Calcutta medical institutions reports 1871-78
Year: 1871
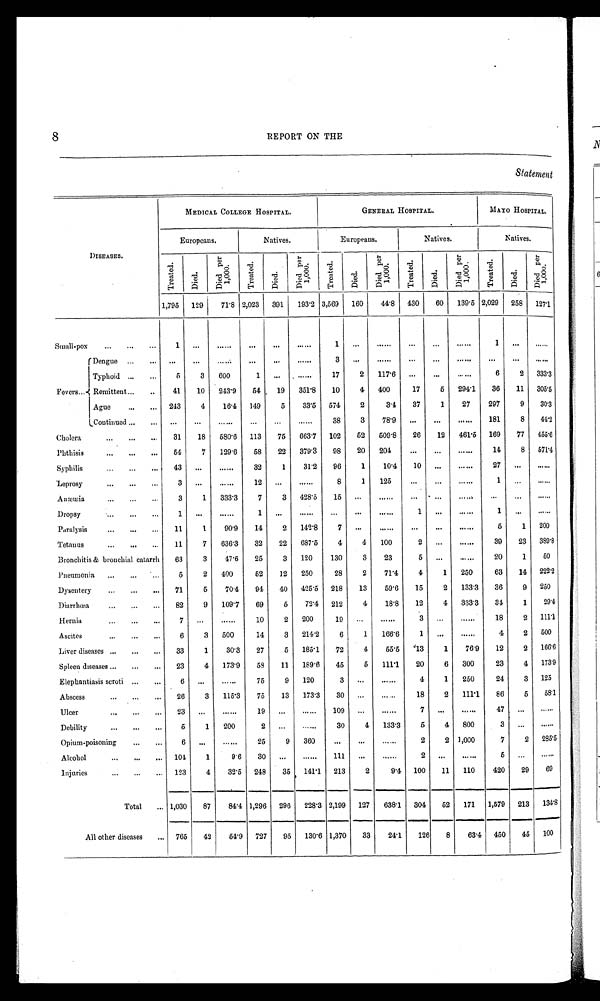
8 REPORT ON THE
Statement
DISEASES.
MEDICAL COLLEGE HOSPITAL.
GENERAL HOSPITAL.
MAYO HOSPITAL.
Europeans.
Natives.
Europeans.
Natives.
Natives.
T r e a t e d .
Di ed.
D i e d p e r 1 , 0 0 0 .
Tr eat ed.
D i e d .
D i e d p e r 1 , 0 0 0 .
Tr eat ed.
Died.
D i e d p e r 1 , 0 0 0 .
Tr e a t e d.
Di e d .
D i e d p e r 1 , 0 0 0 .
Tr e a t e d.
Died.
D i e d p e r 1 , 0 0 0 .
1,795 129
71.8 2,023 391 193.2
3 , 5 6 9 160
44.8 430
60 139.5
2 , 0 2 9
258 127.1
Small-pox
1
. . .
. . .
. . .
. . .
. . .
1
. . .
. . .
. . .
. . .
. . . 1
. . .
. . .
Dengue
. . .
. . .
. . .
. . .
. . .
. . .
3
. . .
. . .
. . .
. . .
. . .
. . .
. . .
. . .
Typhoid
5
3 600
1
. . .
. . . 17
2 117.6
. . .
. . .
. . .
6
2 333.3
Fevers Remittent
41
10 243.9
54
19 351.8
10
4 400
17
5 294.1
36
11 305.5
Ague
243
4
16.4 149
5
33.5 574
2
3.4 37
1
27
297
9
30.3
Continued
. . .
. . .
. . .
. . .
. . .
. . .
38
3
78.9
. . .
. . .
. . . 181
8
44.2
Cholera
31
18 580.6 113
75 663.7 102
52 509.8
26
12 461.5 169
77 455.6
Phthisis
54
7 129.6
58
22 379.3
98
20 204
. . .
. . .
. . .
14
8 571.4
Syphilis
43
. . .
. . .
32
1
31.2
96
1
10.4 10
. . .
. . .
27
. . .
. . .
Leprosy
3
. . .
. . .
1 2
. . .
. . . 8
1 125
. . .
. . .
. . .
1
. . . . . .
Anæmia
3
1 333.3
7
3 428.5
15
. . .
. . .
. . . . . .
. . .
. . .
. . .
. . .
Dropsy
1
. . .
. . .
1
. . .
. . .
. . .
. . .
. . .
1
. . .
. . . 1
. . .
. . .
Paralysis
11
1
90.9 14
2 142.8
7
. . .
. . .
. . .
. . .
. . .
5
1 200
Tetanus
11
7 636.3 32
2 2 687.5
4
4 100
2
. . .
. . .
39
23 389.8
Bronchitis & bronchial catarrh
63
3
47.6
25
3 120
130
3
23
5
. . .
. . .
20
1
50
Pneumonia
5
2 400
5 2 12 250
28
2
71.4
4
1 250
63
14 222.2
Dysentery
71
5
70.4 94
40 425.5 218
13
59.6
15
2 133.3 36
9 250
Diarrhœa
82
9 109.7 69
5
72.4 212
4
18.8
12
4 333.3
34
1
29.4
Hernia
7
. . .
. . . 10
2 200
1 9
. . .
. . . 3
. . .
. . .
18
2 111.1
Ascites
6
3 500
14
3 214.2
6
1 166.6
1
. . .
. . .
4
2 500
Liver diseases
33
1
30.3 27
5 185.1
72
4
55.5
13
1
76.9 12
2 166.6
Spleen diseases
23
4 173.9
58
11 189.6
45
5 111.1
20
6 300
23
4 173.9
Elephantiasis scroti
6
. . .
. . .
75
9 120
3
. . .
. . . 4
1 250
24
3 125
Abscess
26
3 115.3
75
13 173.3
30
. . .
. . .
18
2 111.1
86
5
58.1
Ulcer
23
. . .
. . . 19
. . .
. . . 109
. . .
. . .
7
. . .
. . .
47
. . .
. . .
Debility
5
1 200
2
. . .
. . .
30
4 133.3
5
4 800
3
. . .
. . .
Opium-poisoning
6
. . .
. . .
25
9 360
. . .
. . .
. . .
2
2 1,000
7
2 285.5
Alcohol
104
1
9.6
30
. . .
. . . 111
. . .
. . .
2
. . .
. . .
5
. . .
. . .
Injuries
123
4
32.5 248
35 141.1 213
2
9.4 100
11 110
420
29
69
Total
1,030
87
84.4 1,296 296 228.3 2,199 127 638.1 304
52 171 1,579 213 134.8
All other diseases
765
42
54.9 727
95 130.6 1,370
33
24.1 126
8
63.4 450
45 100